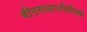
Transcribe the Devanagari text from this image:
बीएसआरटीसीमध्ये